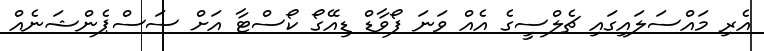
އެރި މައްސަލައިގައި ޗެލްސީގެ އެއް ވަނަ ފޯވާޑް ޑިއޭގޯ ކޯސްޓާ އަށް ސަސްޕެންޝަނެއް